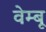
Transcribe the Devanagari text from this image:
वेम्बू